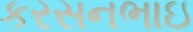
કરસનભાઇ